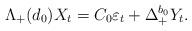
LaTeX: \begin{align*}\Lambda_{+}(d_{0})X_{t}=C_{0}\varepsilon_{t}+\Delta_{+}^{b_{0}}Y_{t}.\end{align*}